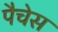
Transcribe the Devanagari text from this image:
पैचेस